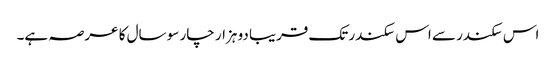
اس سکندر سے اس سکندر تک قریبا دو ہزار چار سو سال کا عرصہ ہے۔